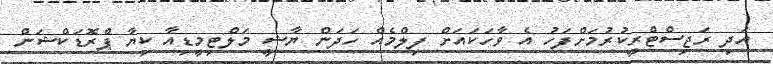
އަދި ރަޖިސްޓްރީކުރުމަށްފަހު އެ ވާހަކައަށް ފިލްމެއް ހަދަން ޔާޝީ މަލްޓިމީޑިއާ ކިޔާ ޕްރޮޑަކްޝަން